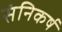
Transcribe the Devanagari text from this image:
संनिकर्ष